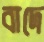
বাদে